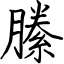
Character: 縢